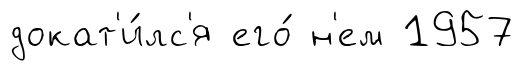
докат'и́лс'я его́ н'ем 1957